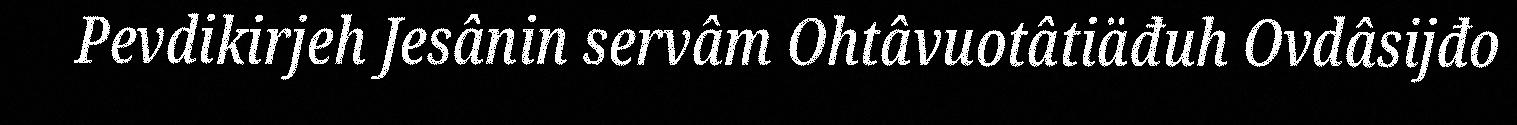
Pevdikirjeh Jesânin servâm Ohtâvuotâtiäđuh Ovdâsijđo